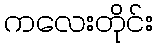
ကလေးတိုင်း